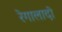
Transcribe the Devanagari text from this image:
रेगालादो